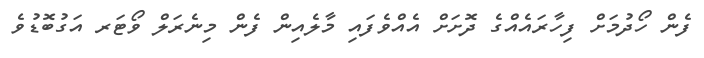
ފެން ހޯދުމަށް ފިހާރައެއްގެ ދޮށަށް އެއްވެފައި މާލެއިން ފެން މިނެރަލް ވޯޓަރ އަގުބޮޑުވެ